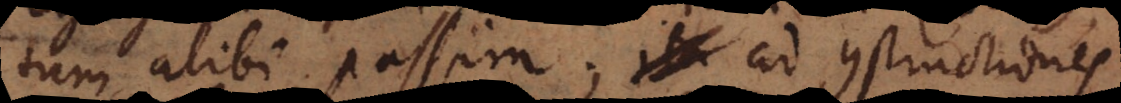
tum alibi passim; ita adconstructiones